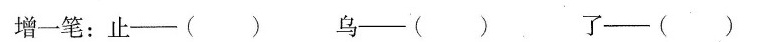
增一笔：止——( ) 乌——( ) 了( ）